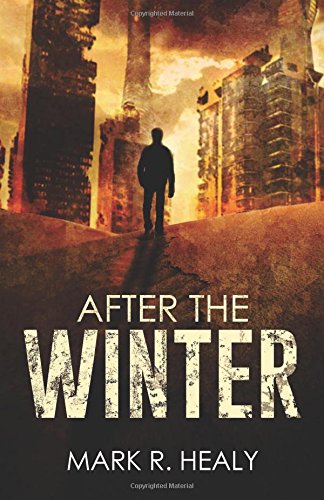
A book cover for After the Winter (The Silent Earth, Book 1) (Volume 1); Mark R. Healy; Science Fiction & Fantasy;